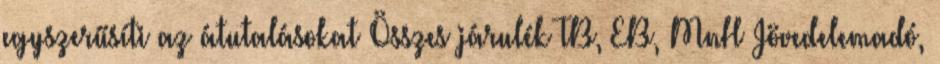
egyszerűsíti az átutalásokat Összes járulék TB, EB, MnH Jövedelemadó,